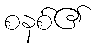
စနစ်၏